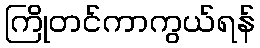
ကြိုတင်ကာကွယ်ရန်